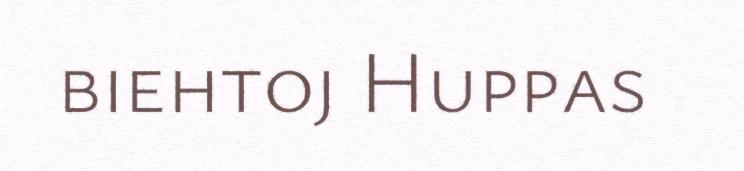
biehtoj Huppas